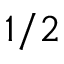
1 / 2